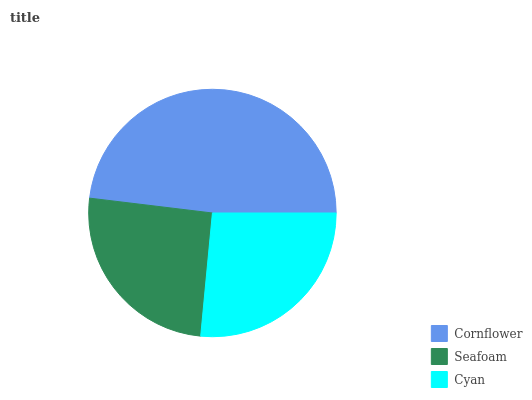
| Cornflower | Seafoam | Cyan |
 | --- | --- | --- |
 | 48% | 25.4% | 26.6% |